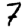
Digit: 7